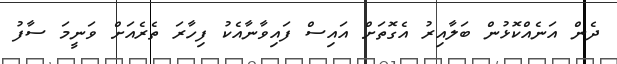
ދެން އަނެއްކޮޅުން ބަލާއިރު އެގޮތަށް އައިސް ފައިވާނާއެކު ފިހާރަ ތެރެއަށް ވަނީމަ ސާފު